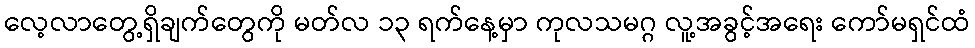
လေ့လာတွေ့ရှိချက်တွေကို မတ်လ ၁၃ ရက်နေ့မှာ ကုလသမဂ္ဂ လူ့အခွင့်အရေး ကော်မရှင်ထံ